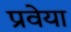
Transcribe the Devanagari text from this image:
प्रवेया